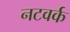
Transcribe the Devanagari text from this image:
नटवर्क